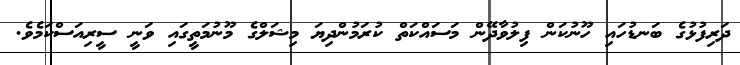
ދަރިފުޅުގެ ބަނޑުހައި ހޫނުކަން ފިލުވާދޭން މަސައްކަތް ކުރަމުންދިޔަ މިޝަލްގެ މޫނުމަތީގައި ވަނީ ސީރިއަސްކަމެވެ.